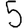
Digit: 5